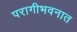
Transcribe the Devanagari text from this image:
परागीभवनात